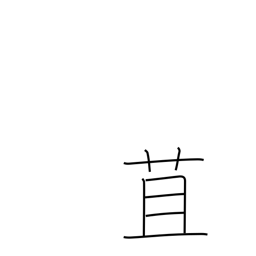
Meaning: straw wrapper